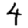
Digit: 4